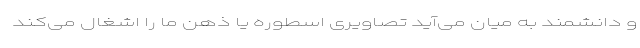
و دانشمند به میان می‌آید تصاویری اسطوره یا ذهن ما را اشغال می‌کند